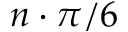
n \cdot \pi / 6